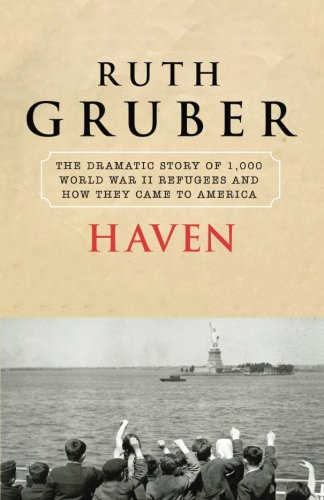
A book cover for Haven: The Dramatic Story of 1,000 World War II Refugees and How They Came to America; Ruth Gruber; History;